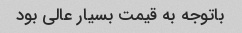
باتوجه به قیمت بسیار عالی بود